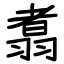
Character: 翥